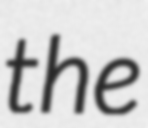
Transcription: the